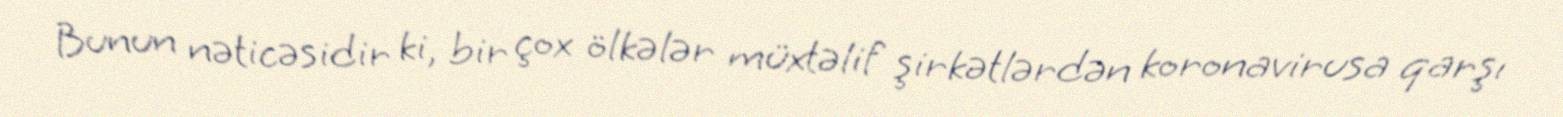
Bunun nəticəsidir ki, bir çox ölkələr müxtəlif şirkətlərdən koronavirusa qarşı